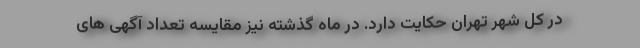
در کل شهر تهران حکایت دارد. در ماه گذشته نیز مقایسه تعداد آگهی های